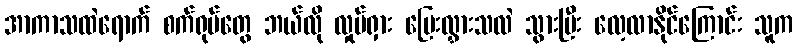
အာကာသထဲရောက် စက်ရုပ်တွေ ဘယ်လို လှုပ်ရှား ပြေးလွှားသလဲ သွားပြီး လေ့လာနိုင်ကြောင်း သူက